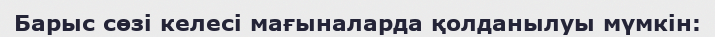
Барыс сөзі келесі мағыналарда қолданылуы мүмкін: